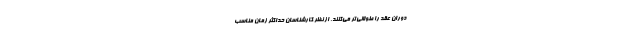
دوران عقد را طولانی‌تر می‌کنند. از نظر کارشناسان حداکثر زمان مناسب